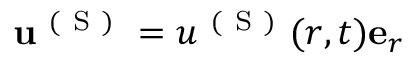
\mathbf { u } ^ { \mathrm { ~ ( ~ S ~ ) ~ } } = u ^ { \mathrm { ~ ( ~ S ~ ) ~ } } ( r , t ) \mathbf { e } _ { r }